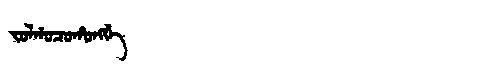
Manchu: ᠵᠣᠯᡤᠣᠴᠣᡥᠣᠩᡤᡝ
Romanization: JOLGOCOHONGGE